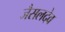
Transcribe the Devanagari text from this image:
जैसलदेव